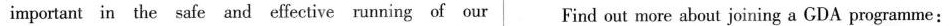
important in the safe and effective running of our Find out more about joining a GDA programme: